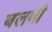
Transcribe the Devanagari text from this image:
बलवी